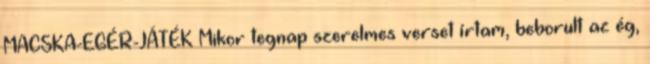
MACSKA-EGÉR-JÁTÉK Mikor tegnap szerelmes verset írtam, beborult az ég,